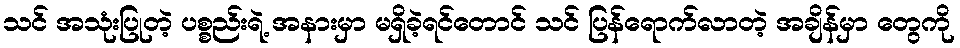
သင် အသုံးပြုတဲ့ ပစ္စည်းရဲ့ အနားမှာ မရှိခဲ့ရင်တောင် သင် ပြန်ရောက်လာတဲ့ အချိန်မှာ တွေကို